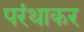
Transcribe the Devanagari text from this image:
परंथाकर